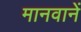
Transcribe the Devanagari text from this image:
मानवानें